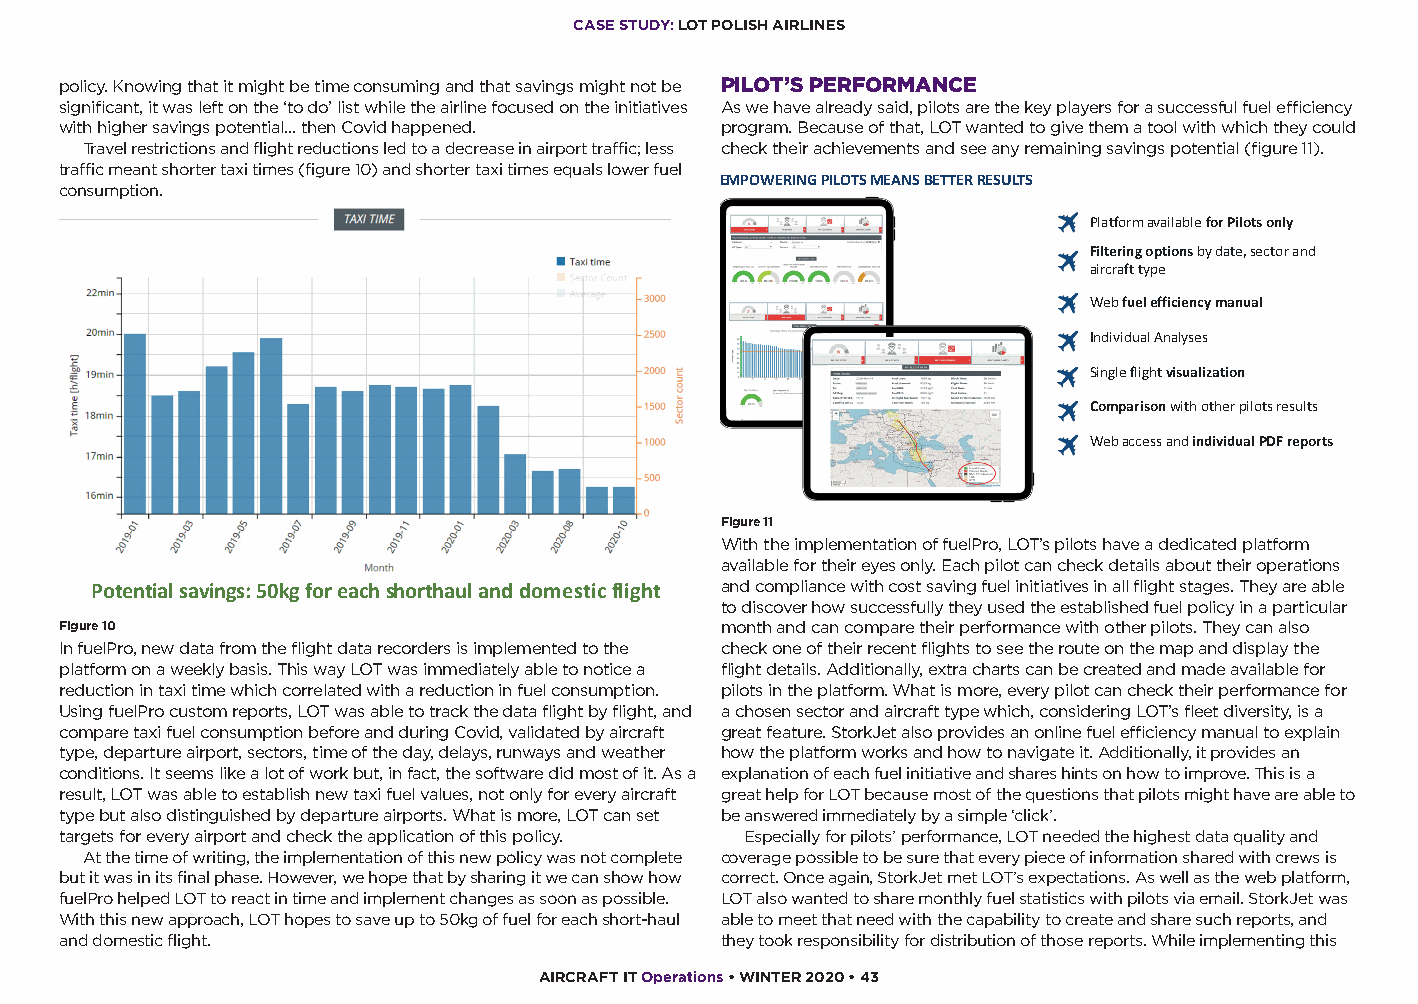
CASE STUDY: LOT POLISH AIRLINES
 policy. Knowing that it might be time consuming and that savings might not be PILOT’S PERFORMANCE
 significant, it was left on the ‘to do’ list while the airline focused on the initiatives As we have already said, pilots are the key players for a successful fuel efficiency
 with higher savings potential… then Covid happened. program. Because of that, LOT wanted to give them a tool with which they could
 Travel restrictions and flight reductions led to a decrease in airport traffic; less check their achievements and see any remaining savings potential (figure 11).
 traffic meant shorter taxi times (figure 10) and shorter taxi times equals lower fuel
 EMPOWERING PILOTS MEANS BETTER RESULTS
 cCoansseu mstputdioyn:. TAXI FUEL PLANNING
 Platform availablefor Pilotsonly
 Filteringoptionsby date, sectorand
 aircrafttype
 Web fuelefficiencymanual
 IndividualAnalyses
 Single flightvisualization
 Comparisonwith otherpilotsresults
 Web accessand individualPDF reports
 Figure 11
 With the implementation of fuelPro, LOT’s pilots have a dedicated platform
 available for their eyes only. Each pilot can check details about their operations
 Potential savings: 50kg for each shorthaul and domestic flight and compliance with cost saving fuel initiatives in all flight stages. They are able
 to discover how successfully they used the established fuel policy in a particular
 Figure 10                                   month and can compare their performance with other pilots. They can also
 In fuelPro, new data from the flight data recorders is implemented to the check one of their recent flights to see the route on the map and display the
 platform on a weekly basis. This way LOT was immediately able to notice a flight details. Additionally, extra charts can be created and made available for
 reduction in taxi time which correlated with a reduction in fuel consumption. pilots in the platform. What is more, every pilot can check their performance for
 Using fuelPro custom reports, LOT was able to track the data flight by flight, and a chosen sector and aircraft type which, considering LOT’s fleet diversity, is a
 compare taxi fuel consumption before and during Covid, validated by aircraft great feature. StorkJet also provides an online fuel efficiency manual to explain
 type, departure airport, sectors, time of the day, delays, runways and weather how the platform works and how to navigate it. Additionally, it provides an
 conditions. It seems like a lot of work but, in fact, the software did most of it. As a explanation of each fuel initiative and shares hints on how to improve. This is a
 result, LOT was able to establish new taxi fuel values, not only for every aircraft great help for LOT because most of the questions that pilots might have are able to
 type but also distinguished by departure airports. What is more, LOT can set be answered immediately by a simple ‘click’.
 targets for every airport and check the application of this policy. Especially for pilots’ performance, LOT needed the highest data quality and
 At the time of writing, the implementation of this new policy was not complete coverage possible to be sure that every piece of information shared with crews is
 but it was in its final phase. However, we hope that by sharing it we can show how correct. Once again, StorkJet met LOT’s expectations. As well as the web platform,
 fuelPro helped LOT to react in time and implement changes as soon as possible. LOT also wanted to share monthly fuel statistics with pilots via email. StorkJet was
 With this new approach, LOT hopes to save up to 50kg of fuel for each short-haul able to meet that need with the capability to create and share such reports, and
 and domestic flight.                        they took responsibility for distribution of those reports. While implementing this
 AIRCRAFT IT Operations • WINTER 2020 • 43